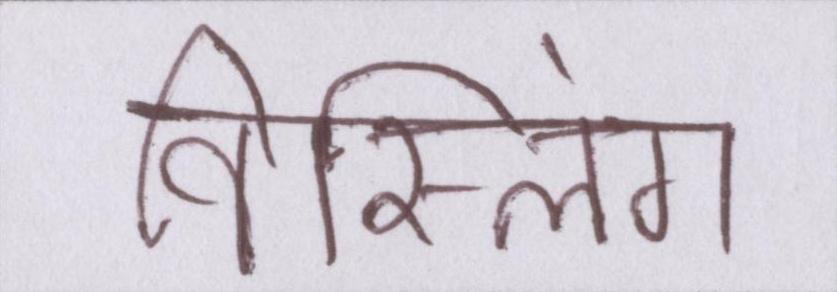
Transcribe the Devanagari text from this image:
विस्लिंग